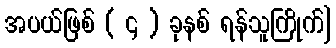
အပယ်ဖြစ် ( ၄ ) ခုနစ် ရန်သူကြိုက်]